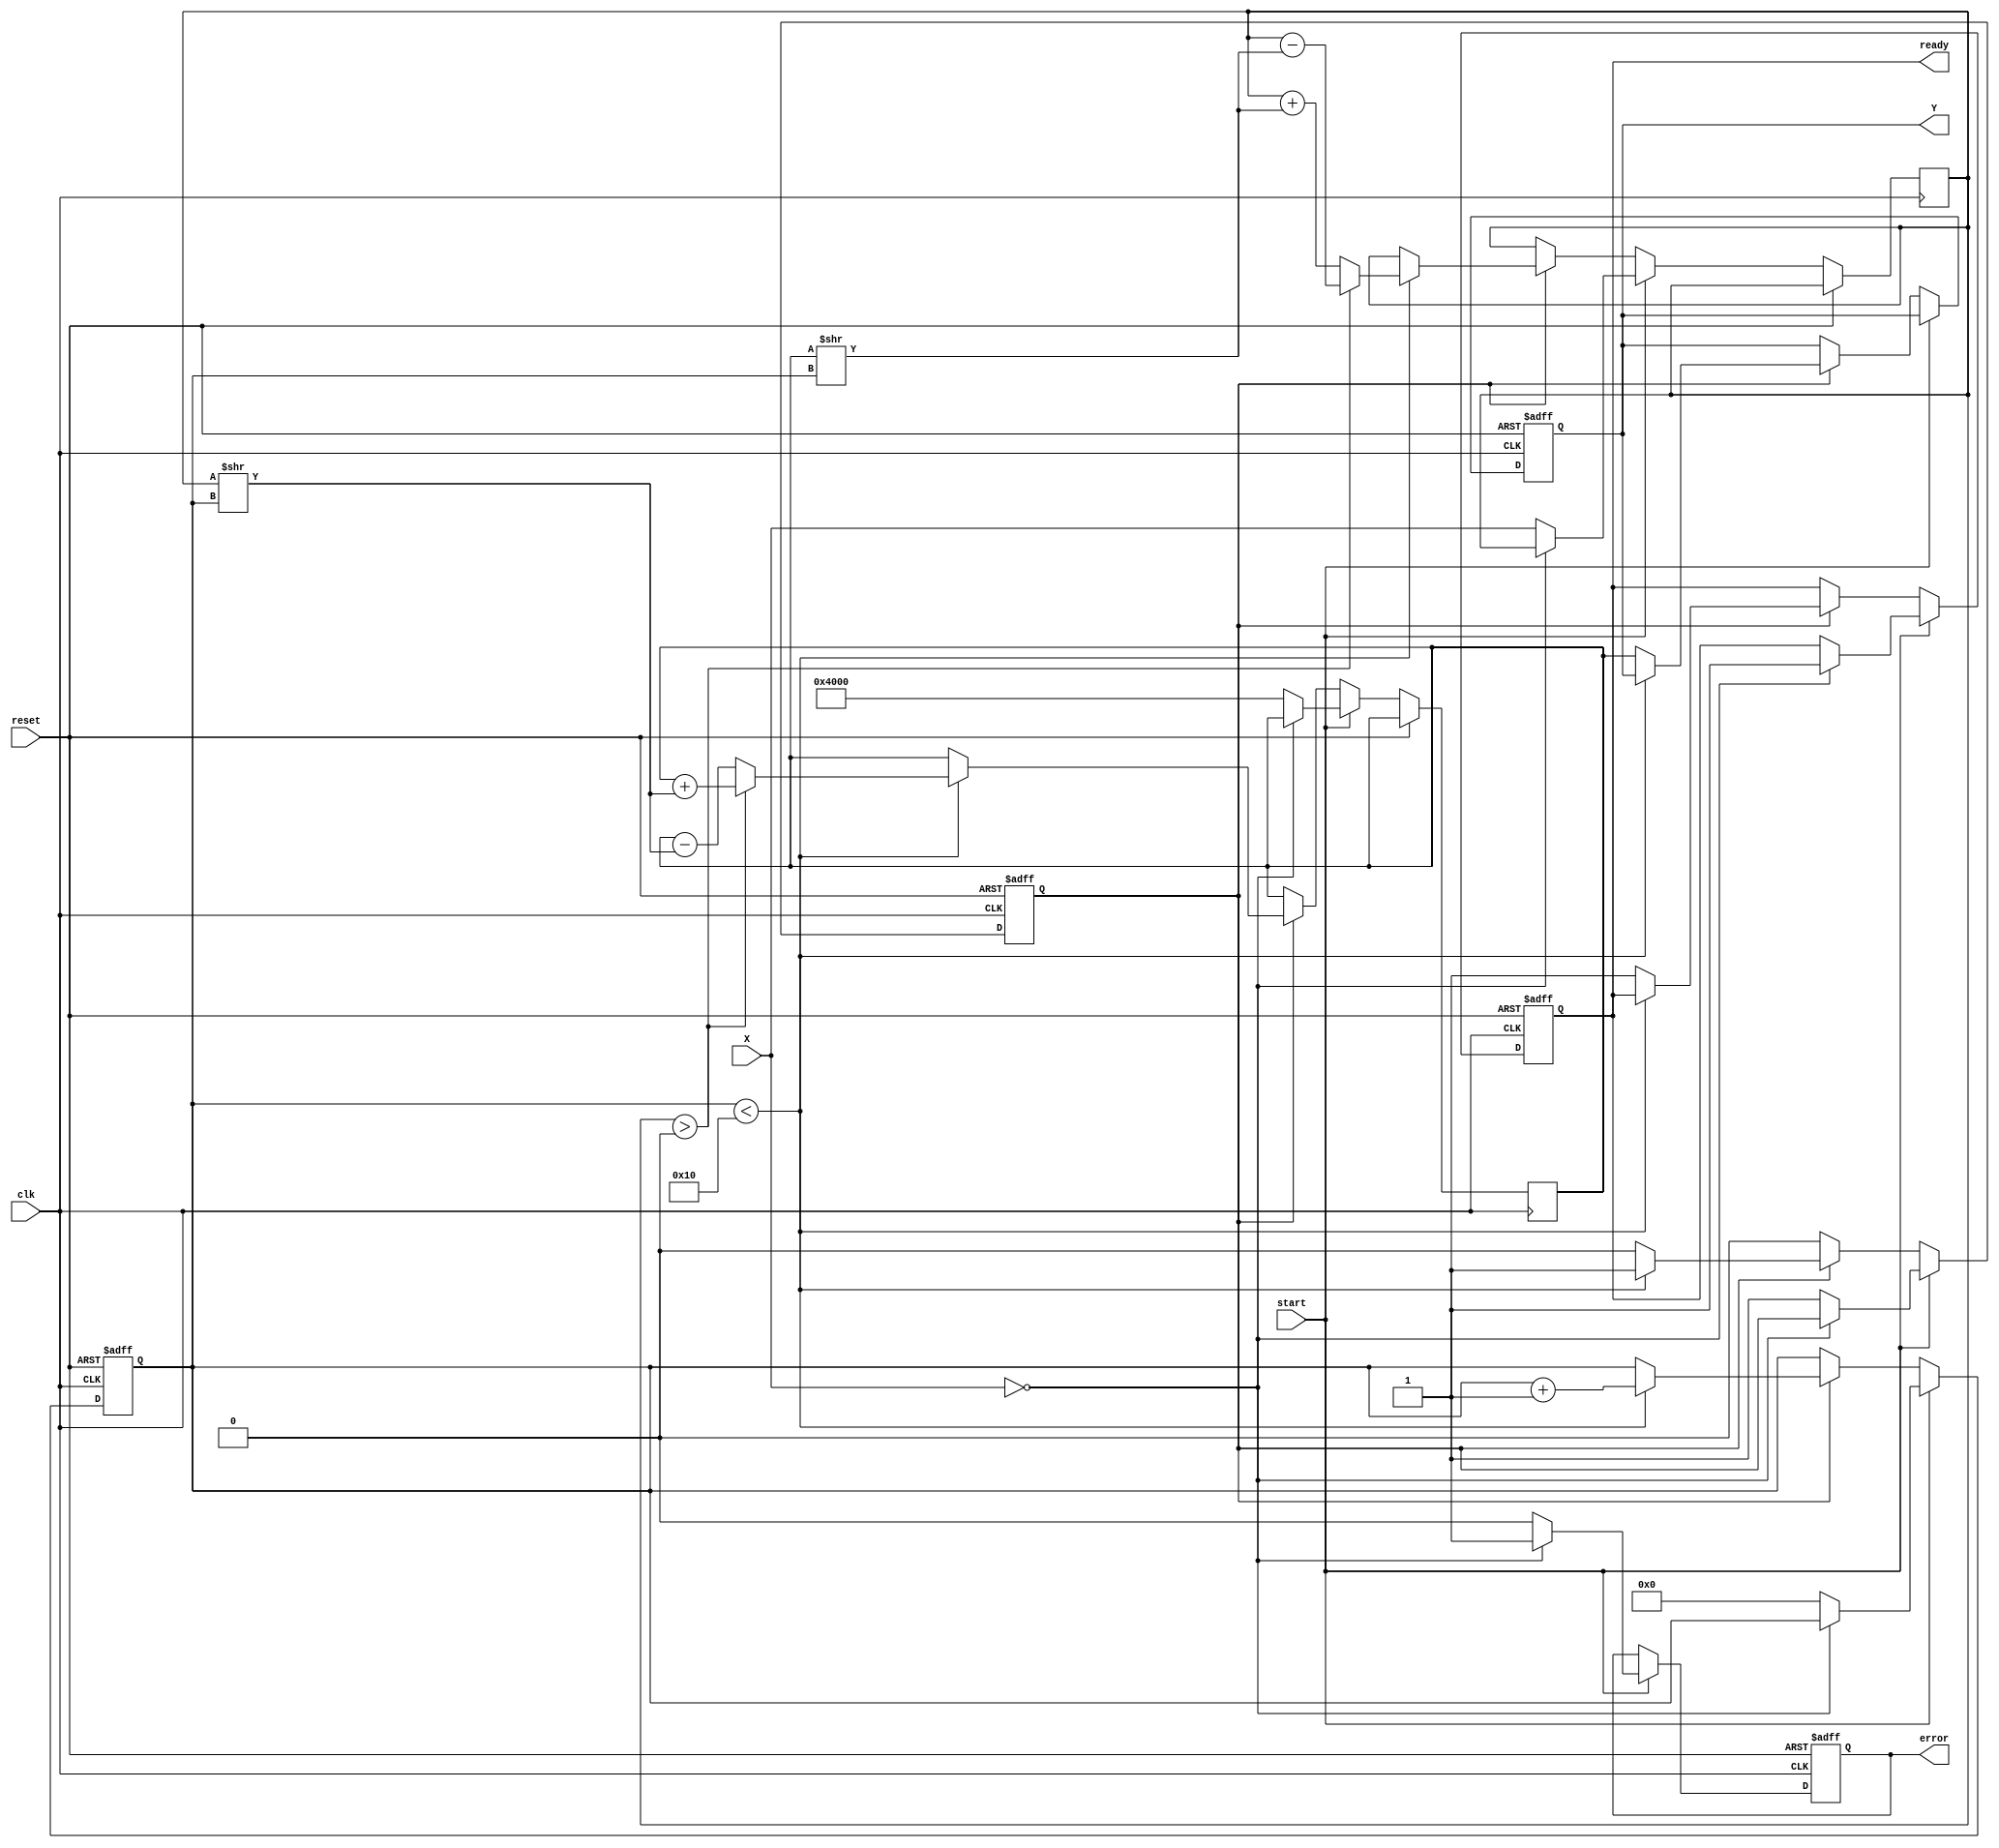
module cordic_reciprocal (
    input wire clk,             // Clock signal
    input wire reset,           // Reset signal
    input wire start,           // Control signal to start computation
    input wire [15:0] X,        // Input value (fixed-point representation)
    output reg [15:0] Y,        // Reciprocal result (fixed-point representation)
    output reg ready,           // Ready signal
    output reg error            // Error signal
);

    // CORDIC parameters
    parameter NUM_ITERATIONS = 16; // Number of CORDIC iterations
    parameter FIXED_POINT_SCALE = 16'h4000; // Scale factor for fixed-point (1.0 in Q15 format)

    // Internal signals
    reg [15:0] z [0:NUM_ITERATIONS-1]; // Predefined arctan values (fixed-point)
    reg [15:0] x;                       // Current x value
    reg [15:0] y;                       // Current y value
    reg [15:0] angle;                   // Current angle
    reg [3:0] iteration;                // Iteration counter
    reg computing;                      // Computing state

    initial begin
        // Initialize arctan values (Q15 format)
        z[0] = 16'h3FFF; // atan(1) = /4
        z[1] = 16'h2000; // atan(0.5) = /6
        z[2] = 16'h1555; // atan(0.3333) = /12
        z[3] = 16'h0C89; // atan(0.25) = /16
        z[4] = 16'h0641; // atan(0.2) = /20
        z[5] = 16'h0324; // atan(0.125) = /32
        // Continue initializing z for more iterations if needed
        // ...
    end

    always @(posedge clk or posedge reset) begin
        if (reset) begin
            Y <= 0;
            ready <= 0;
            error <= 0;
            computing <= 0;
            iteration <= 0;
        end else if (start) begin
            // Check for division by zero
            if (X == 0) begin
                error <= 1; // Set error signal for division by zero
                ready <= 1; // Indicate that the operation is complete
            end else begin
                // Initialize for CORDIC computation
                x <= X;
                y <= FIXED_POINT_SCALE; // Start with (X, 1)
                angle <= 0;
                iteration <= 0;
                computing <= 1;
                error <= 0; // Clear error signal
            end
        end else if (computing) begin
            // CORDIC iteration loop
            if (iteration < NUM_ITERATIONS) begin
                if (x > 0) begin
                    // Rotate counter-clockwise
                    x <= x - (y >> iteration);
                    y <= y + (x >> iteration);
                    angle <= angle + z[iteration];
                end else begin
                    // Rotate clockwise
                    x <= x + (y >> iteration);
                    y <= y - (x >> iteration);
                    angle <= angle - z[iteration];
                end
                iteration <= iteration + 1;
            end else begin
                // Finalize the result
                Y <= y; // The final value of y is the reciprocal
                ready <= 1; // Indicate that the result is ready
                computing <= 0; // End computation
            end
        end
    end

endmodule